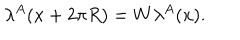
\lambda ^ { A } ( x + 2 \pi R ) = W \lambda ^ { A } ( x ) .